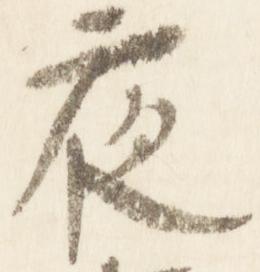
夜